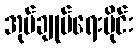
အုပ်ချုပ်ရေးပိုင်း